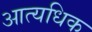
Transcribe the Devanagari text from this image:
आत्यधिक